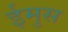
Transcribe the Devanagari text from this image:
ईमुस